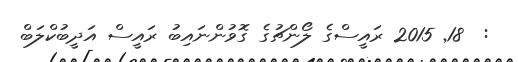
:  18